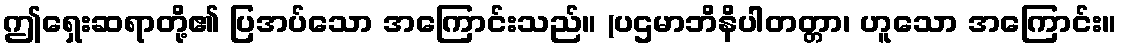
ဤရှေးဆရာတို့၏ ပြအပ်သော အကြောင်းသည်။ (ပဌမာဘိနိပါတတ္တာ၊ ဟူသော အကြောင်း။